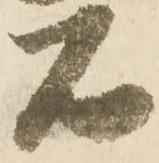
石